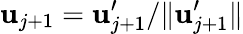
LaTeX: \mathbf{u}_{j+1}=\mathbf{u}_{j+1}^{\prime}/\| \mathbf{u}_{j+1}^{\prime}\|